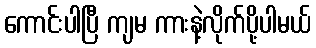
ကောင်းပါပြီ ကျမ ကားနဲ့လိုက်ပို့ပါမယ်